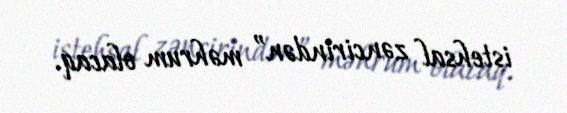
istehsal zəncirindən” məhrum olacaq.